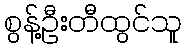
စွန့်ဦးတီထွင်သူ